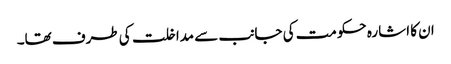
ان کا اشارہ حکومت کی جانب سے مداخلت کی طرف تھا۔